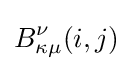
B_{\kappa \mu }^{\nu }(i,j)